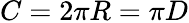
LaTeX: C=2\pi R=\pi D